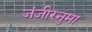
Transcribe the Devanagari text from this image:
जंजीरनुमा